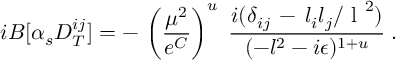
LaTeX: i B [ \alpha _ { s } D _ { T } ^ { i j } ] = - \, \left( { \frac { \mu ^ { 2 } } { e ^ { C } } } \right) ^ { u } \; { \frac { i ( \delta _ { i j } \, - \, l _ { i } l _ { j } / \mathrm { \boldmath ~ l ~ } ^ { 2 } ) } { ( - l ^ { 2 } - i \epsilon ) ^ { 1 + u } } } \; .